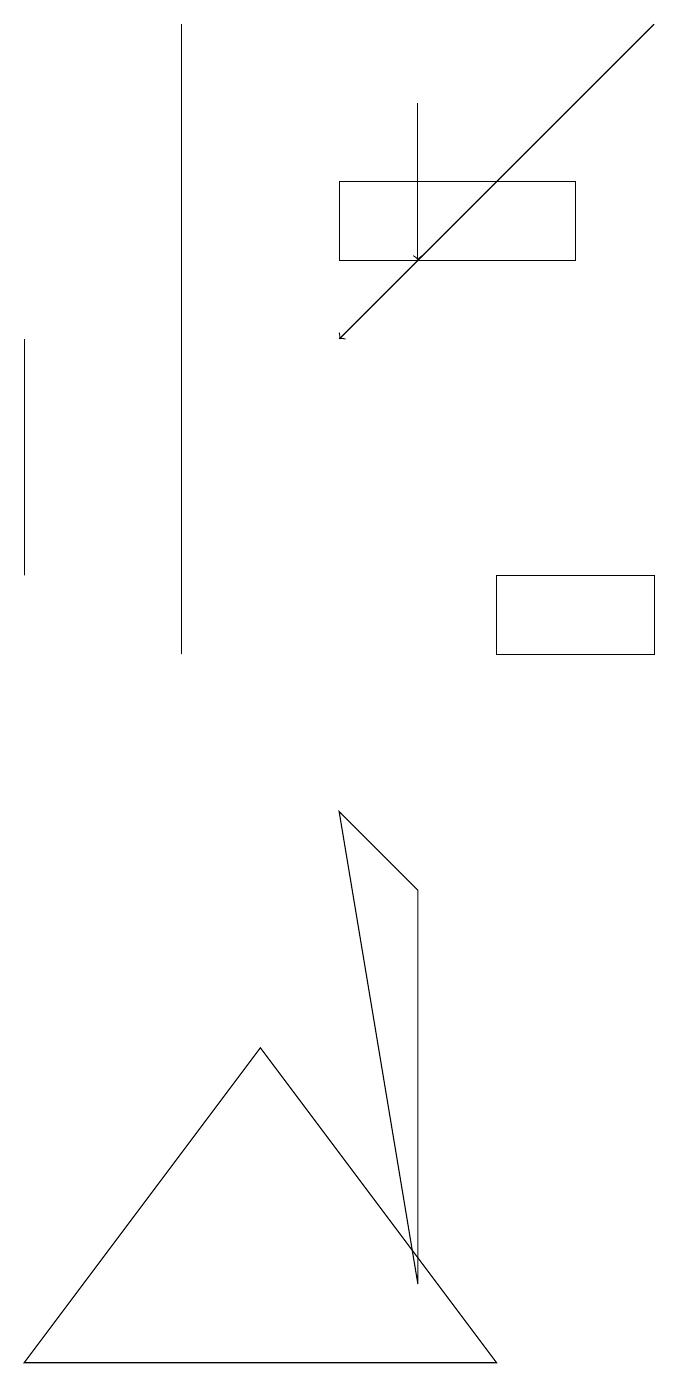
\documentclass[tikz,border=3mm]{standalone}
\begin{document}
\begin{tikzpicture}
\draw (4,5) -- (1,1) -- (7,1) -- cycle;
\draw (6,2) -- (5,8) -- (6,7) -- cycle;
\draw (8,15) rectangle (5,16);
\draw[->] (9,18) -- (5,14);
\draw[->] (6,17) -- (6,15);
\draw (1,11) rectangle (1,14);
\draw (3,18) rectangle (3,10);
\draw (7,10) rectangle (9,11);
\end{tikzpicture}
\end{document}